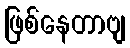
ဖြစ်နေတာဗျ